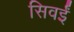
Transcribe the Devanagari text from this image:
सिवईं